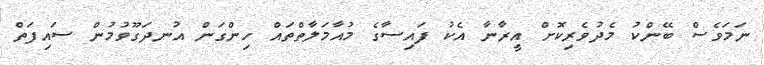
ނަމަވެސް ބޭންކު މެދުވެރިކޮށް އީރާނާ އެކު ފައިސާގެ މުއާމަލާތްތައް ހިންގަން އުނދަގޫވުުމުން ސައިފަތް